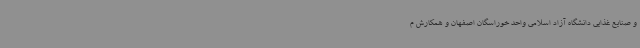
و صنایع غذایی دانشگاه آزاد اسلامی واحد خوراسگان اصفهان و همکارش م